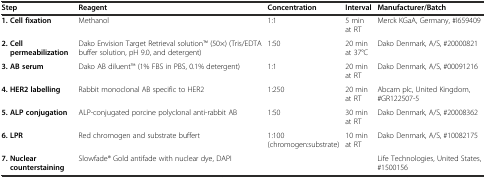
<table><thead><tr><td><b>Step</b></td><td><b>Reagent</b></td><td><b>Concentration</b></td><td><b>Interval</b></td><td><b>Manufacturer/Batch</b></td></tr></thead><tbody><tr><td><b>1. Cell fixation</b></td><td>Methanol</td><td>1:1</td><td>5 min at RT</td><td>Merck KGaA, Germany, #I659409</td></tr><tr><td><b>2. Cell permeabilization</b></td><td>Dako Envision Target Retrieval solutionTM (50×) (Tris/EDTA buffer solution, pH 9.0, and detergent)</td><td>1:50</td><td>20 min at 37°C</td><td>Dako Denmark, A/S, #20000821</td></tr><tr><td><b>3. AB serum</b></td><td>Dako AB diluentTM (1% FBS in PBS, 0.1% detergent)</td><td>1:1</td><td>20 min at RT</td><td>Dako Denmark, A/S, #00091216</td></tr><tr><td><b>4. HER2 labelling</b></td><td>Rabbit monoclonal AB specific to HER2</td><td>1:250</td><td>20 min at RT</td><td>Abcam plc, United Kingdom, #GR122507-5</td></tr><tr><td><b>5. ALP conjugation</b></td><td>ALP-conjugated porcine polyclonal anti-rabbit AB</td><td>1:50</td><td>30 min at RT</td><td>Dako Denmark, A/S, #20008362</td></tr><tr><td><b>6. LPR</b></td><td>Red chromogen and substrate buffert</td><td>1:100 (chromogen:substrate)</td><td>10 min at RT</td><td>Dako Denmark, A/S, #10082175</td></tr><tr><td><b>7. Nuclear counterstaining</b></td><td>Slowfade® Gold antifade with nuclear dye, DAPI</td><td></td><td></td><td>Life Technologies, United States, #1500156</td></tr></tbody></table>